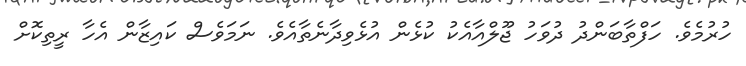
ހުރުމެވެ. ހަފްތާބަންދު ދުވަހު ޖޫލްއާއެކު ކުޅެން އުޅެވިދާނެތާއެވެ. ނަމަވެސް ކައިޒާން އެހާ ރީތިކޮށް